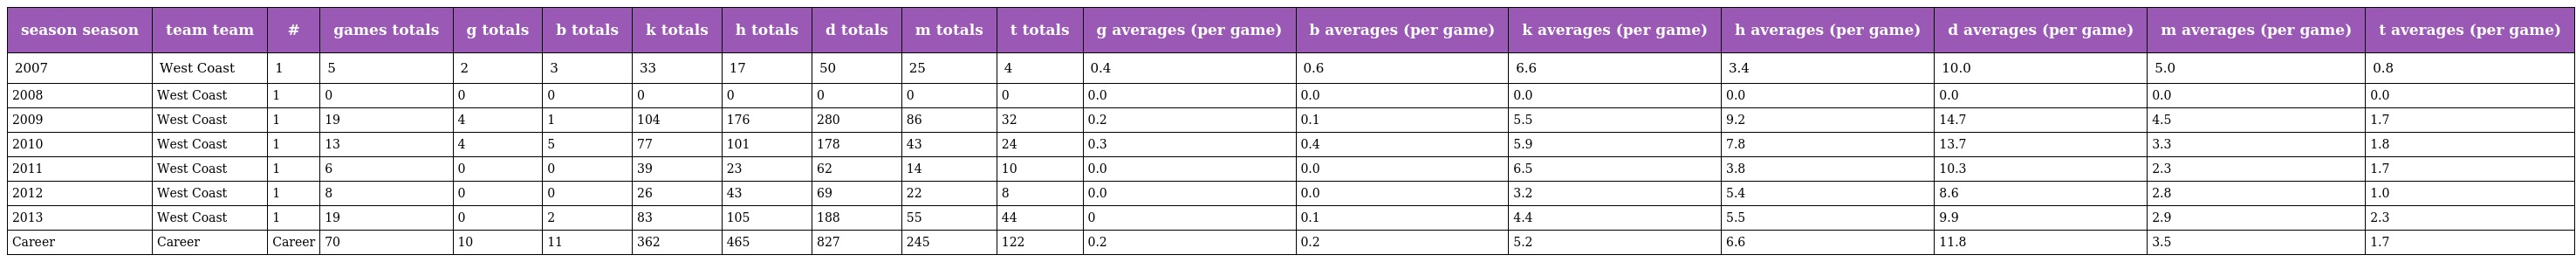
| season season | team team | # | games totals | g totals | b totals | k totals | h totals | d totals | m totals | t totals | g averages (per game) | b averages (per game) | k averages (per game) | h averages (per game) | d averages (per game) | m averages (per game) | t averages (per game) |
 | --- | --- | --- | --- | --- | --- | --- | --- | --- | --- | --- | --- | --- | --- | --- | --- | --- | --- |
 | 2007 | West Coast | 1 | 5 | 2 | 3 | 33 | 17 | 50 | 25 | 4 | 0.4 | 0.6 | 6.6 | 3.4 | 10.0 | 5.0 | 0.8 |
 | 2008 | West Coast | 1 | 0 | 0 | 0 | 0 | 0 | 0 | 0 | 0 | 0.0 | 0.0 | 0.0 | 0.0 | 0.0 | 0.0 | 0.0 |
 | 2009 | West Coast | 1 | 19 | 4 | 1 | 104 | 176 | 280 | 86 | 32 | 0.2 | 0.1 | 5.5 | 9.2 | 14.7 | 4.5 | 1.7 |
 | 2010 | West Coast | 1 | 13 | 4 | 5 | 77 | 101 | 178 | 43 | 24 | 0.3 | 0.4 | 5.9 | 7.8 | 13.7 | 3.3 | 1.8 |
 | 2011 | West Coast | 1 | 6 | 0 | 0 | 39 | 23 | 62 | 14 | 10 | 0.0 | 0.0 | 6.5 | 3.8 | 10.3 | 2.3 | 1.7 |
 | 2012 | West Coast | 1 | 8 | 0 | 0 | 26 | 43 | 69 | 22 | 8 | 0.0 | 0.0 | 3.2 | 5.4 | 8.6 | 2.8 | 1.0 |
 | 2013 | West Coast | 1 | 19 | 0 | 2 | 83 | 105 | 188 | 55 | 44 | 0 | 0.1 | 4.4 | 5.5 | 9.9 | 2.9 | 2.3 |
 | Career | Career | Career | 70 | 10 | 11 | 362 | 465 | 827 | 245 | 122 | 0.2 | 0.2 | 5.2 | 6.6 | 11.8 | 3.5 | 1.7 |